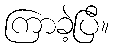
ကြာခဲ့ပြီ။